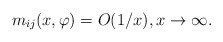
\begin{align*}m_{ij}(x,\varphi)=O(1/x),x\to\infty.\end{align*}